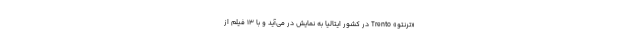
«ترنتو» Trento در کشور ایتالیا به نمایش در می‌آید و با 13 فیلم از